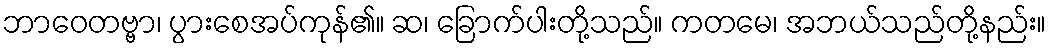
ဘာဝေတဗ္ဗာ၊ ပွားစေအပ်ကုန်၏။ ဆ၊ ခြောက်ပါးတို့သည်။ ကတမေ၊ အဘယ်သည်တို့နည်း။